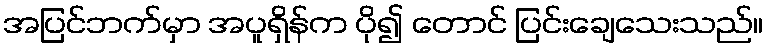
အပြင်ဘက်မှာ အပူရှိန်က ပို၍ တောင် ပြင်းချေသေးသည်။